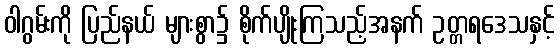
ဝါဂွမ်းကို ပြည်နယ် များစွာ၌ စိုက်ပျိုးကြသည့်အနက် ဥတ္တရဒေသနှင့်